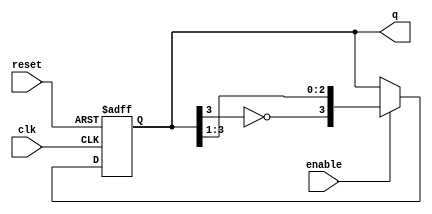
module johnson_counter (
    input wire clk,              // Clock input
    input wire enable,           // Enable signal
    input wire reset,            // Asynchronous reset signal
    output reg [3:0] q           // 4-bit output representing the counter state
);

    parameter N = 4;             // Number of flip-flops

    // Always block triggered on the rising edge of the clock or reset
    always @(posedge clk or posedge reset) begin
        if (reset) begin
            q <= 4'b0000;        // Reset the counter to 0
        end else if (enable) begin
            // Johnson counter logic
            q <= {~q[N-1], q[N-1:1]}; // Shift and invert the last flip-flop
        end
    end

endmodule